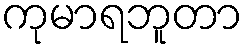
ကုမာရဘူတာ